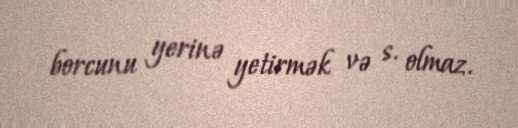
borcunu yerinə yetirmək və s. olmaz.